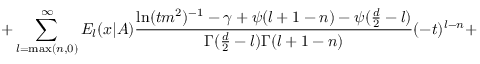
+ \sum _ { l = \mathrm { m a x } ( n , 0 ) } ^ { \infty } E _ { l } ( x | A ) \frac { \ln ( t m ^ { 2 } ) ^ { - 1 } - \gamma + \psi ( l + 1 - n ) - \psi ( \frac { d } { 2 } - l ) } { \Gamma ( \frac { d } { 2 } - l ) \Gamma ( l + 1 - n ) } ( - t ) ^ { l - n } +